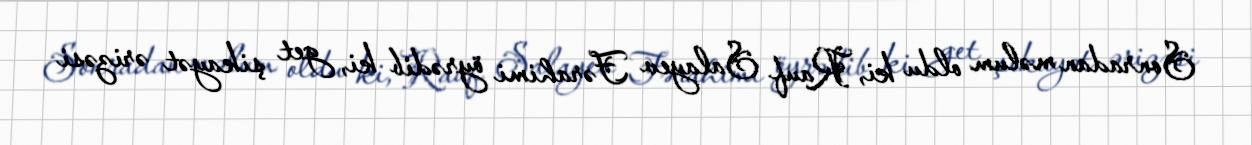
Sonradan məlum oldu ki, Rauf Salayev Fərahimi öyrədib ki, get şikayət ərizəsi